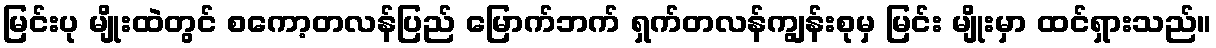
မြင်းပု မျိုးထဲတွင် စကော့တလန်ပြည် မြောက်ဘက် ရှက်တလန်ကျွန်းစုမှ မြင်း မျိုးမှာ ထင်ရှားသည်။